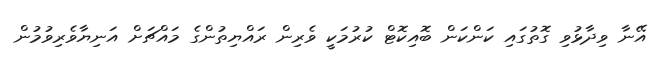
އޭނާ ވިދާޅުވި ގޮތުގައި ކަންކަން ބޮއިކޮޓް ކުރުމަކީ ވެރިން ރައްޔިތުންގެ މައްޗަށް އަނިޔާވެރިވުމުން